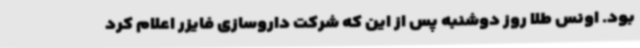
بود. اونس طلا روز دوشنبه پس از این که شرکت داروسازی فایزر اعلام کرد